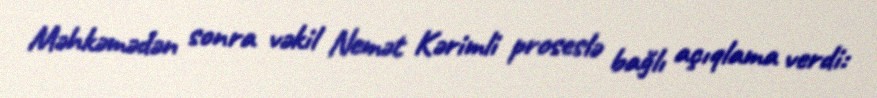
Məhkəmədən sonra vəkil Nemət Kərimli proseslə bağlı açıqlama verdi: